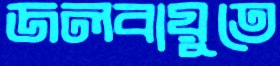
জলবায়ুতে